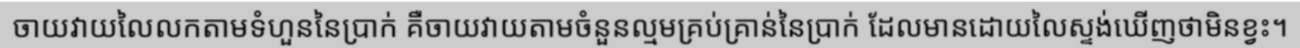
ចាយវាយលៃលកតាមទំហួននៃប្រាក់ គឺចាយវាយតាមចំនួនល្មមគ្រប់គ្រាន់នៃប្រាក់ ដែលមានដោយលៃស្ទង់ឃើញថាមិនខ្វះ។